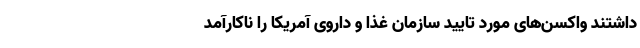
داشتند واکسن‌های مورد تایید سازمان غذا و داروی آمریکا را ناکارآمد